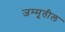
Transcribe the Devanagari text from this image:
जम्मूतील